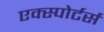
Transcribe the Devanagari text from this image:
एक्स्पोर्टर्स